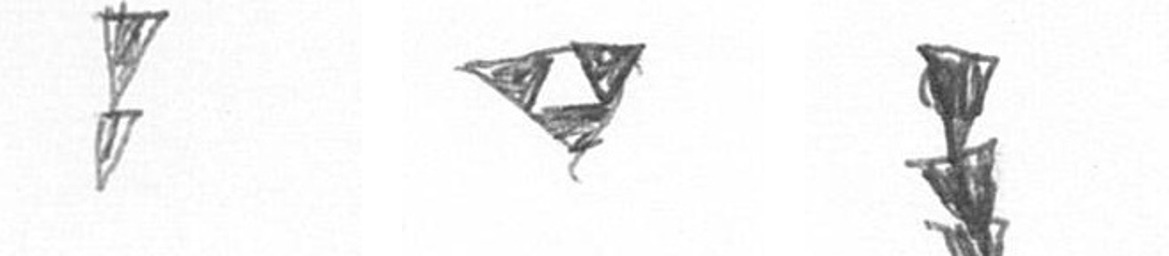
Z S E